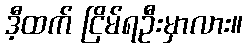
ဒီ့ထက် ငြိမ်ရဦးမှာလား။